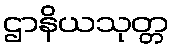
ဌာနိယသုတ္တ